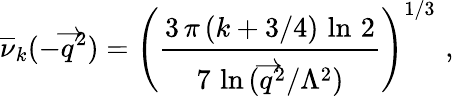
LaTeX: \overline{{{\nu}}}_{k}(-\overrightarrow{q}^{2})=\left(\frac{3\, \pi\, (k+3/4)\, \ln\, 2}{7\, \ln\, (\overrightarrow{q}^{2}/\Lambda^{2})}\right)^{1/3}\, \, ,